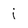
Character: j